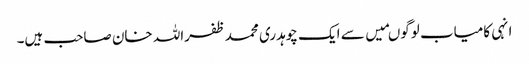
انہی کامیاب لوگوںمیں سے ایک چوہدری محمد ظفراللہ خان صاحب ہیں۔